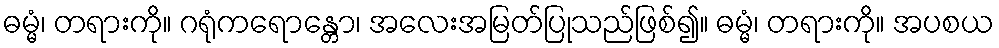
ဓမ္မံ၊ တရားကို။ ဂရုံကရောန္တော၊ အလေးအမြတ်ပြုသည်ဖြစ်၍။ ဓမ္မံ၊ တရားကို။ အပစယ